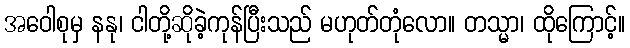
အဝေါစုမှ နနု၊ ငါတို့ဆိုခဲ့ကုန်ပြီးသည် မဟုတ်တုံလော။ တသ္မာ၊ ထိုကြောင့်။